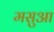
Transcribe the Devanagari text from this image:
मसुआ